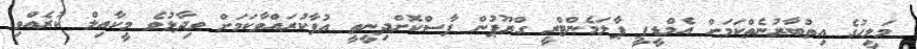
މަލީހުގެ އިތުބާރުނެތްކަމަށް އެމްޑީޕީ ޕާލަމެންޓްރީ ގްރޫޕުން ފާސްކޮށްދިނީތީ އުފާކުރައްވާކަމަށް ވިދާޅުވެ މީކާއިލް ކުރެއްވި